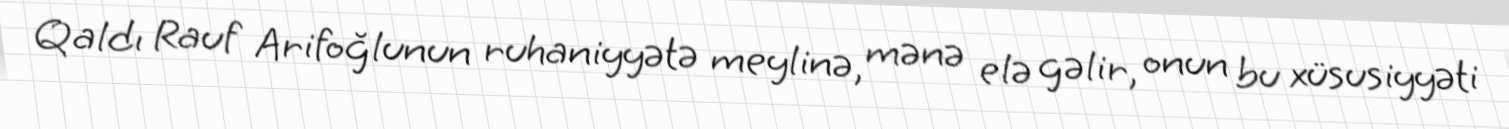
Qaldı Rauf Arifoğlunun ruhaniyyətə meylinə, mənə elə gəlir, onun bu xüsusiyyəti